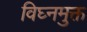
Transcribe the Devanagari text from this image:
विघ्नमुक्त